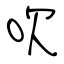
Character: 吹